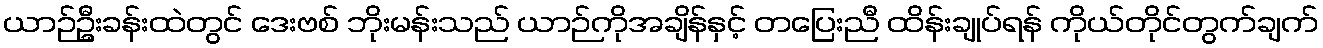
ယာဉ်ဦးခန်းထဲတွင် ဒေးဗစ် ဘိုးမန်းသည် ယာဉ်ကိုအချိန်နှင့် တပြေးညီ ထိန်းချုပ်ရန် ကိုယ်တိုင်တွက်ချက်